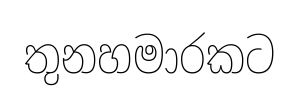
තුනහමාරකට